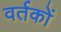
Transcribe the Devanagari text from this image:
वर्तकों